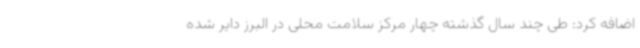
اضافه کرد: طی چند سال گذشته چهار مرکز سلامت محلی در البرز دایر شده